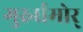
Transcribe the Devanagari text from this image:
गुरुर्धमोर्